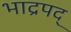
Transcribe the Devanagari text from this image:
भाद्रपद्